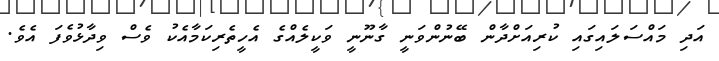
އަދި މައްސަލައިގައި ކުރިއަށްދާން ބޭނުންވަނީ ގާނޫނީ ވަކީލެއްްގެ އެހީތެރިކަމާއެކު ވެސް ވިދާޅުވެފަ އެވެ.